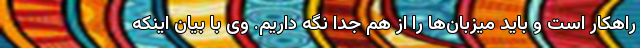
راهکار است و باید میزبان‌ها را از هم جدا نگه داریم. وی با بیان اینکه